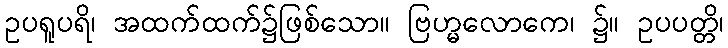
ဥပရူပရိ၊ အထက်ထက်၌ဖြစ်သော။ ဗြဟ္မလောကေ၊ ၌။ ဥပပတ္တိ၊